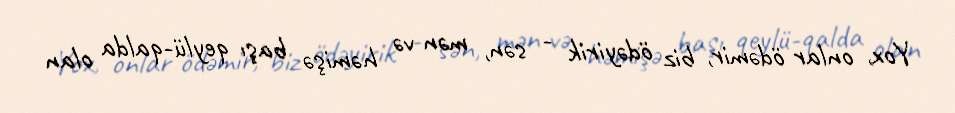
Yox, onlar ödəmir, biz ödəyirik - sən, mən və həmişə başı qeylü-qalda olan